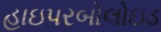
હાઇપરબોલોઇડ